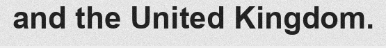
and the United Kingdom.